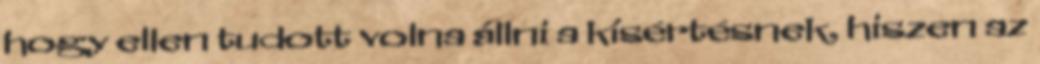
hogy ellen tudott volna állni a kísértésnek, hiszen az